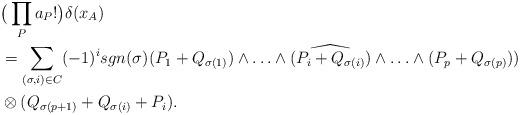
LaTeX: \begin{align*}&\big(\prod_Pa_P!\big)\delta(x_A) \\&=\sum_{(\sigma,i)\in C}(-1)^isgn(\sigma)(P_1+Q_{\sigma(1)})\wedge\ldots\wedge\widehat{(P_i+Q_{\sigma(i)})}\wedge\ldots\wedge(P_p+Q_{\sigma(p)})) \\&\otimes(Q_{\sigma(p+1)}+Q_{\sigma(i)}+P_i).\end{align*}